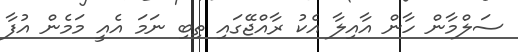
ސަލްމާން ހާން އާއިލާ އެކު ރާއްޖޭގައި ތިބި ނަމަ އެއީ މަމެން އުފާ